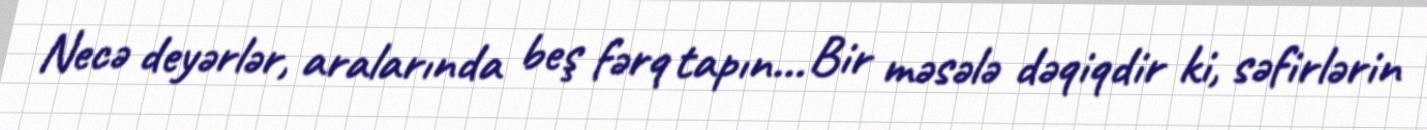
Necə deyərlər, aralarında beş fərq tapın... Bir məsələ dəqiqdir ki, səfirlərin